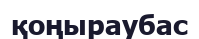
қоңыраубас